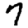
Digit: 7